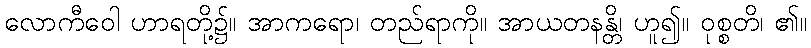
လောကီဝေါ ဟာရတို့၌။ အာကရော၊ တည်ရာကို။ အာယတနန္တိ၊ ဟူ၍။ ဝုစ္စတိ၊ ၏။